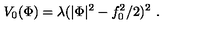
V _ { 0 } ( \Phi ) = \lambda ( | \Phi | ^ { 2 } - f _ { 0 } ^ { 2 } / 2 ) ^ { 2 } \ .